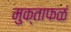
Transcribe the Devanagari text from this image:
मुक्ताफळं